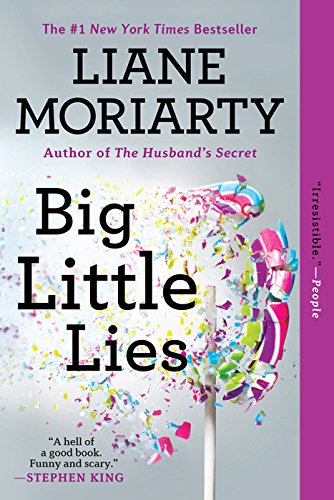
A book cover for Big Little Lies; Liane Moriarty; Mystery, Thriller & Suspense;